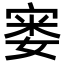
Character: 𪧘